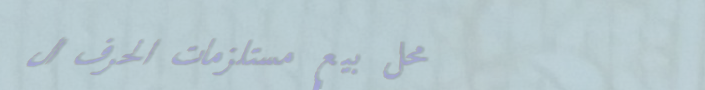
محل بيع مستلزمات الحرف ال